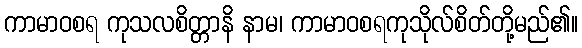
ကာမာဝစရ ကုသလစိတ္တာနိ နာမ၊ ကာမာဝစရကုသိုလ်စိတ်တို့မည်၏။